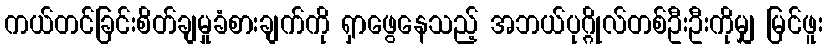
ကယ်တင်ခြင်းစိတ်ချမှုခံစားချက်ကို ရှာဖွေနေသည့် အဘယ်ပုဂ္ဂိုလ်တစ်ဦးဦးကိုမျှ မြင်ဖူး